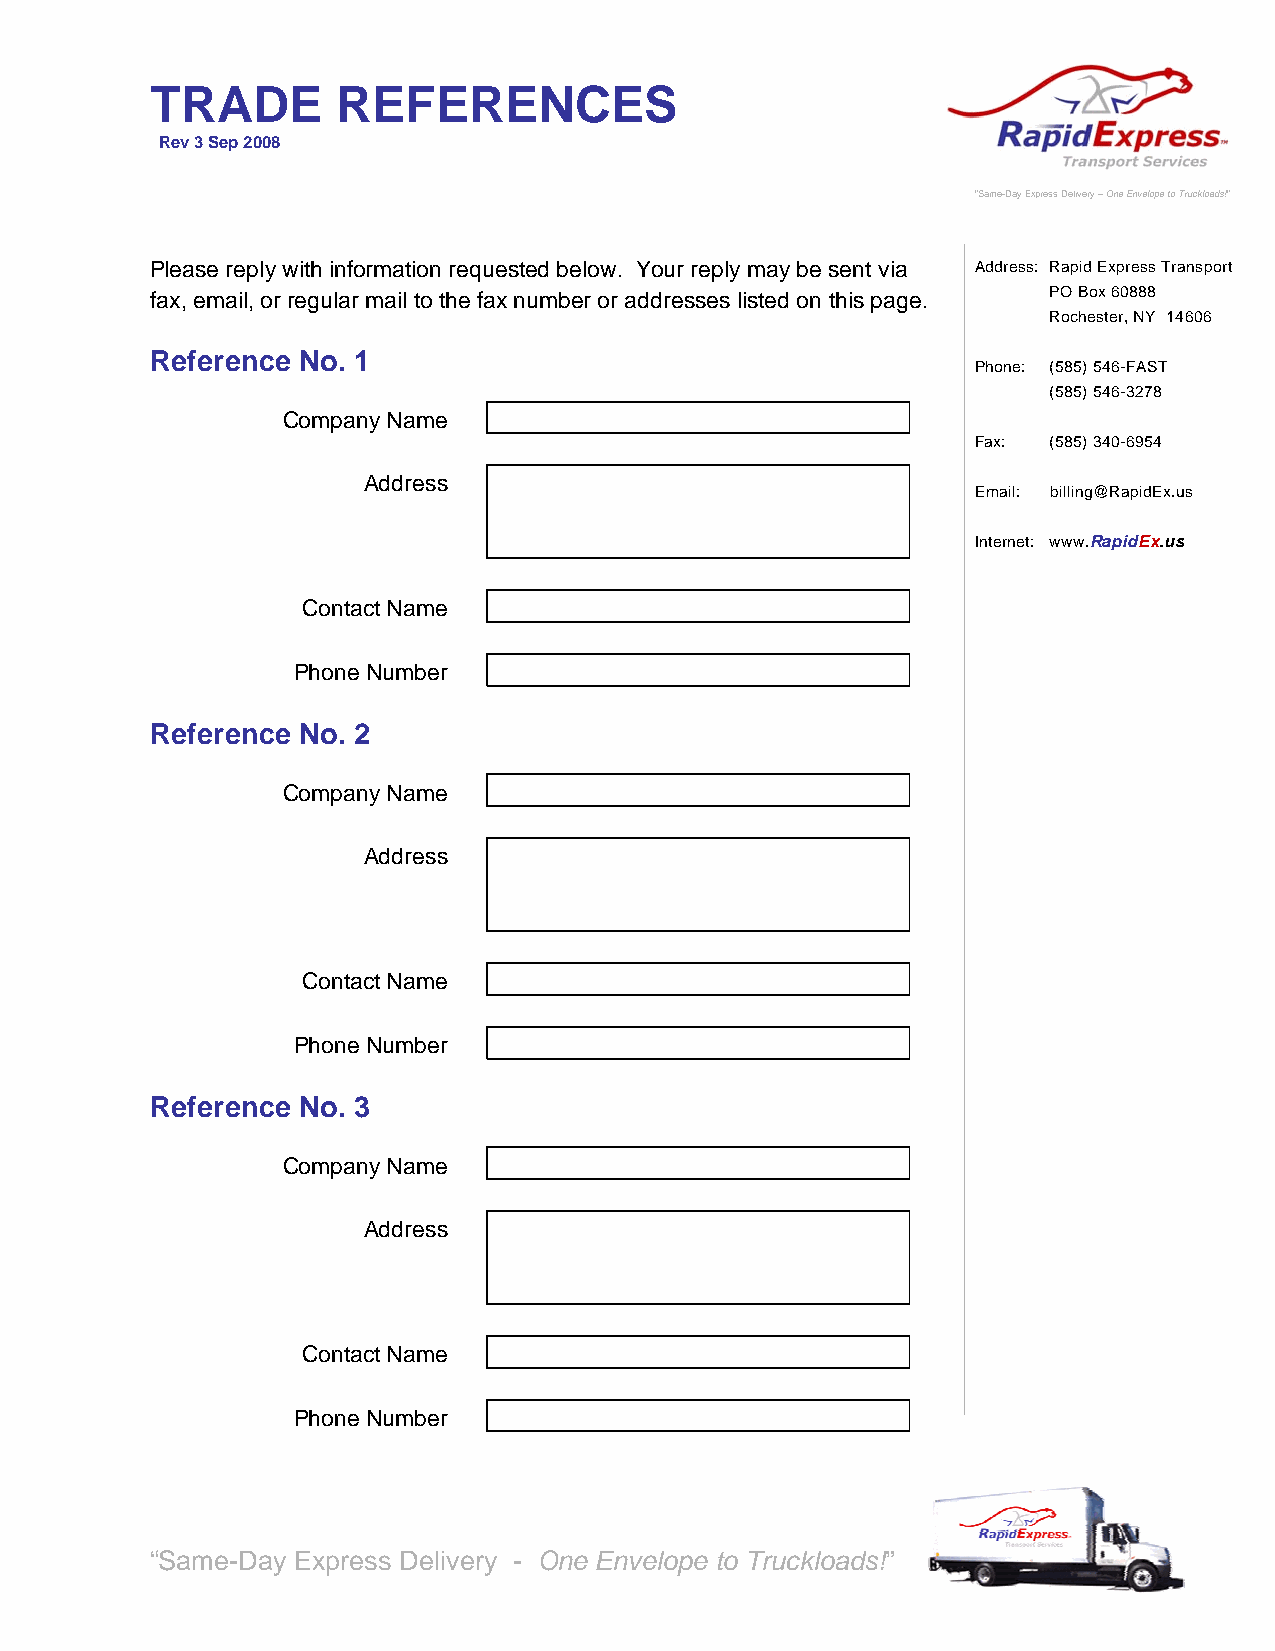
TRADE       REFERENCES
 Rev 3 Sep 2008
 ”Same-Day Express Delivery – One Envelope to Truckloads!”
 Please reply with information requested below. Your reply may be sent via Address: Rapid Express Transport
 fax, email, or regular mail to the fax number or addresses listed on this page. PO Box 60888
 Rochester, NY 14606
 Reference No. 1
 Phone: (585) 546-FAST
 (585) 546-3278
 Company Name
 Fax: (585) 340-6954
 Address
 Email: billing@RapidEx.us
 Internet: www.RapidEx.us
 Contact Name
 Phone Number
 Reference No. 2
 Company Name
 Address
 Contact Name
 Phone Number
 Reference No. 3
 Company Name
 Address
 Contact Name
 Phone Number
 “Same-Day Express Delivery - One Envelope to Truckloads!”